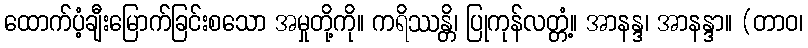
ထောက်ပံ့ချီးမြောက်ခြင်းစသော အမှုတို့ကို။ ကရိဿန္တိ၊ ပြုကုန်လတ္တံ့။ အာနန္ဒ၊ အာနန္ဒာ။ (တာဝ၊